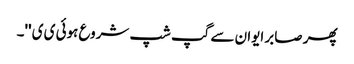
پھر صابر ایوان سے گپ شپ شروع ہوئی ی ی ''۔